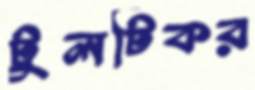
টুলটিকর